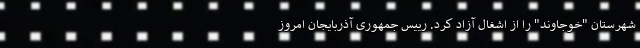
شهرستان "خوجاوند" را از اشغال آزاد کرد. رییس جمهوری آذربایجان امروز